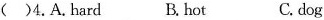
()4.A.hard B.hot C.dog